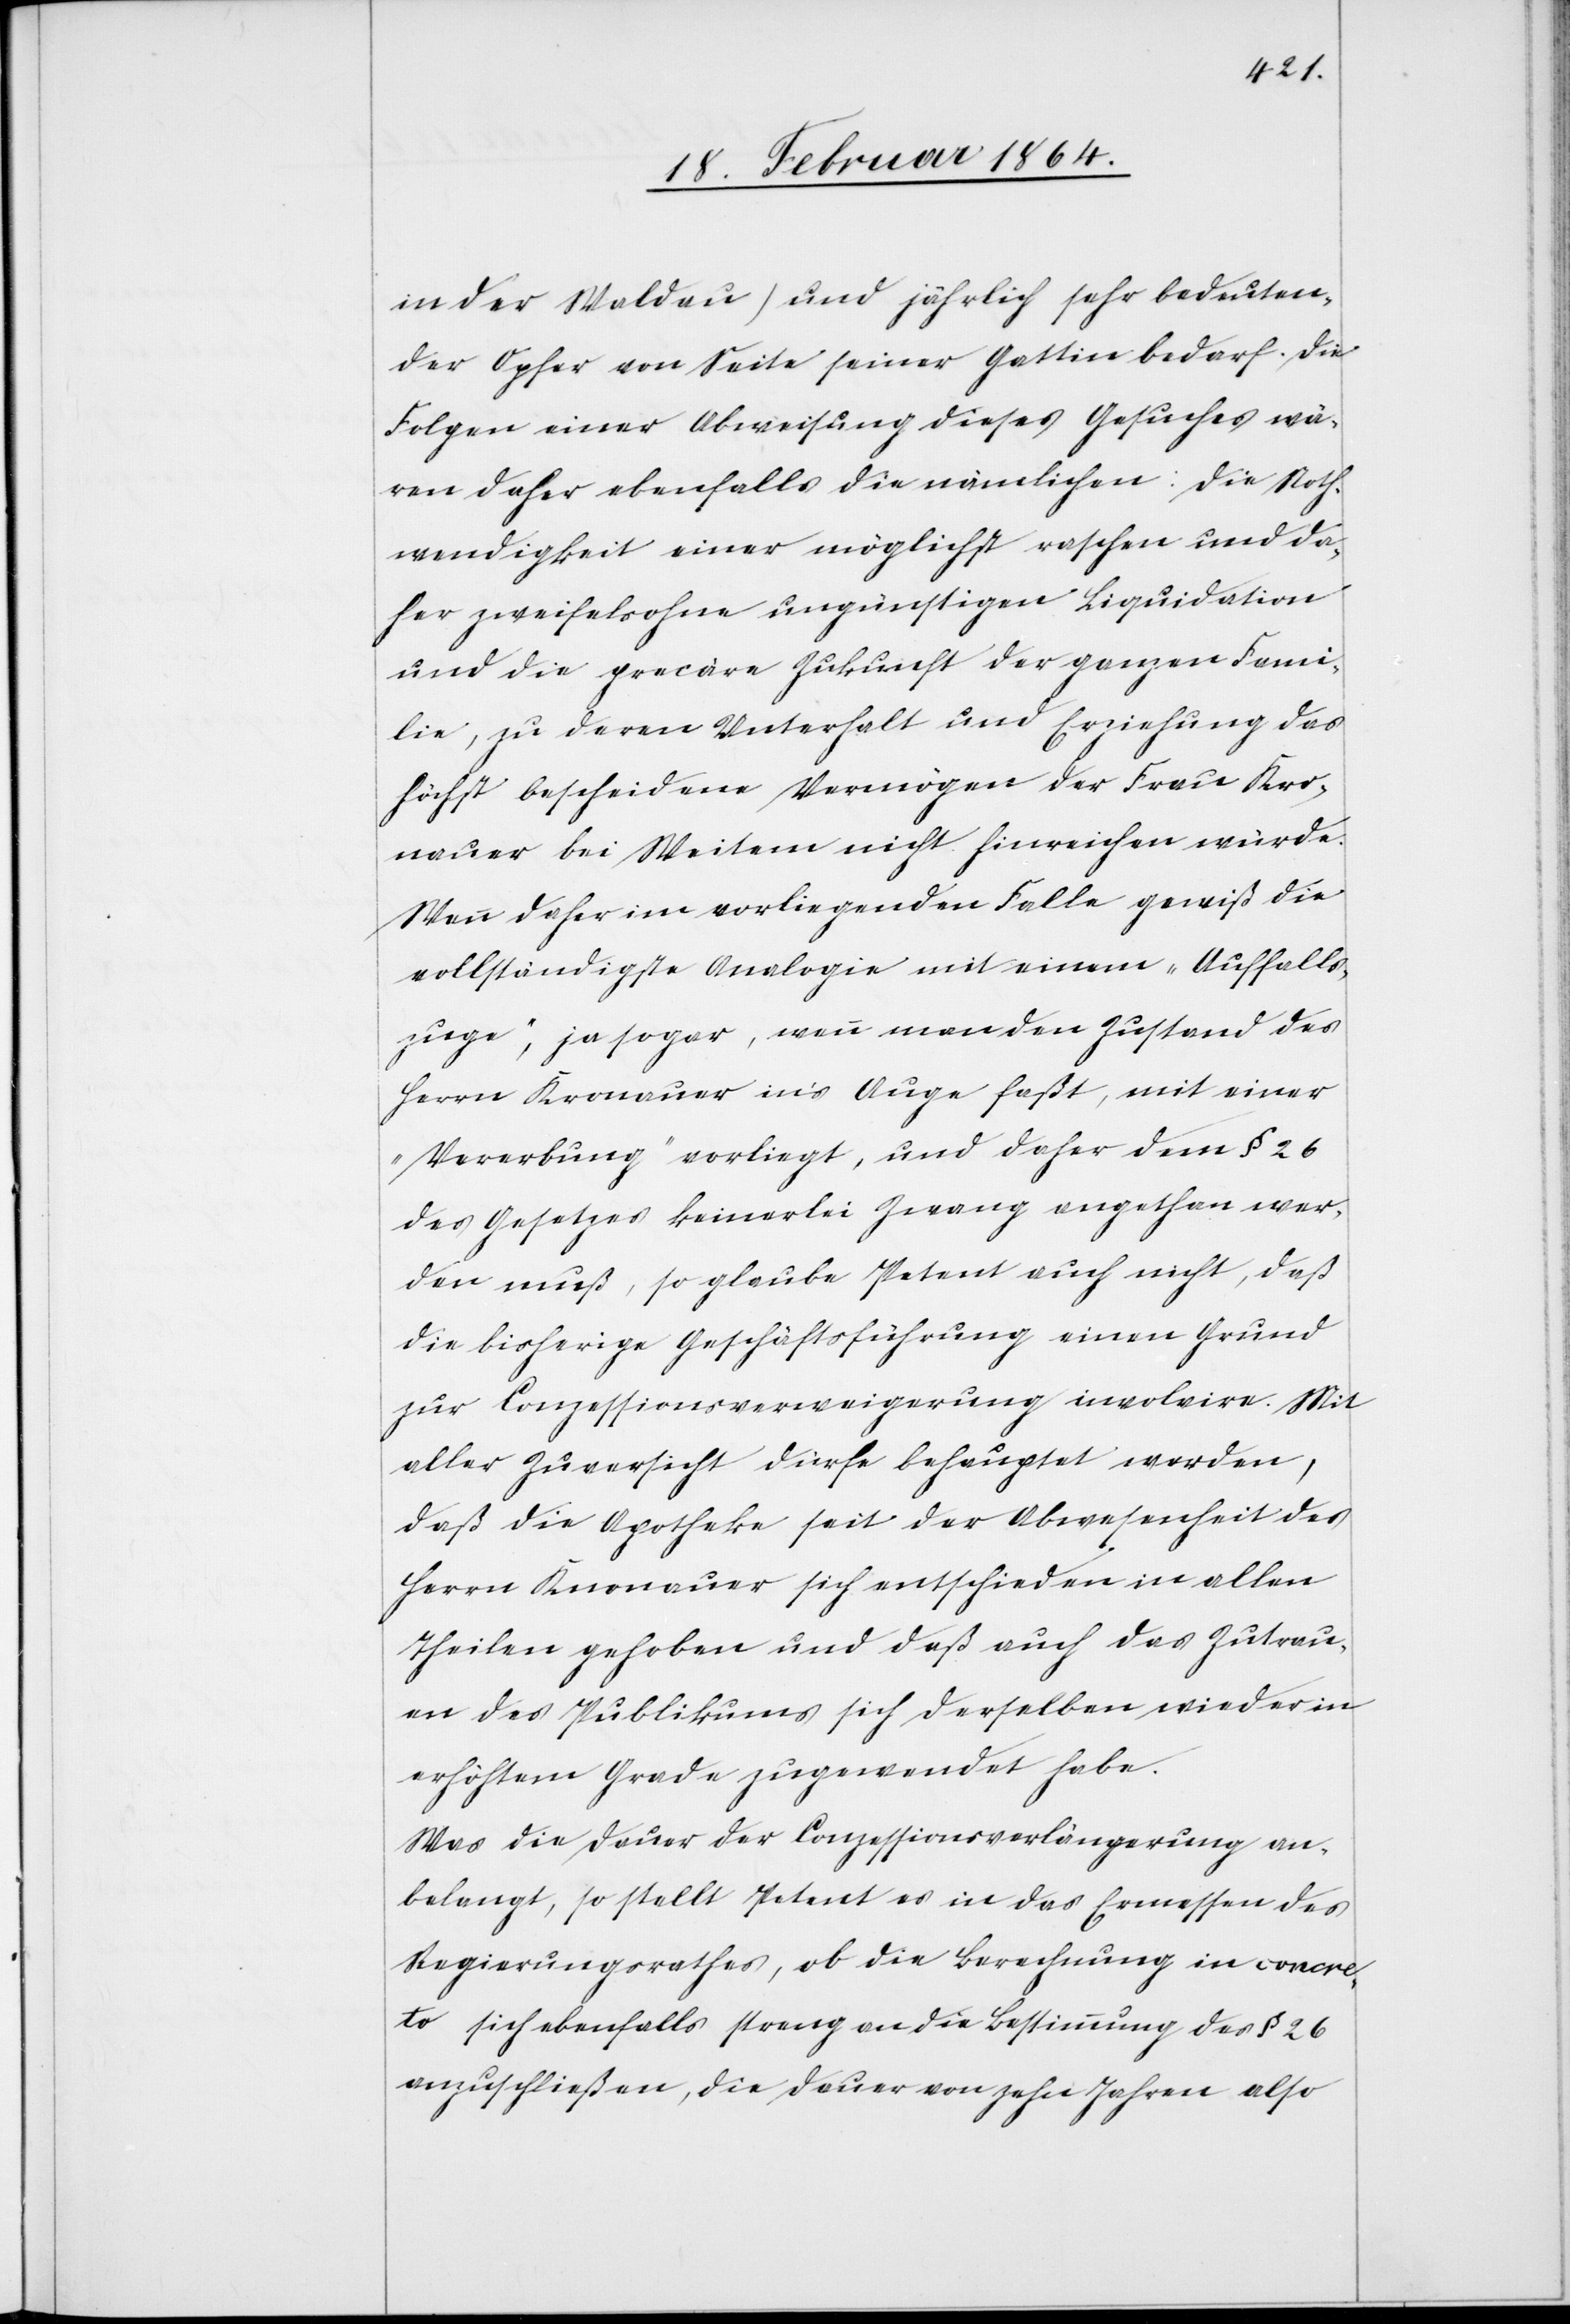
in der Waldau) und jährlich sehr bedeuten¬
der Opfer von Seite seiner Gattin bedarf. Die
Folgen einer Abweisung dieses Gesuches wä¬
ren daher ebenfalls die nämlichen: Die Noth¬
wendigkeit einer möglichst raschen und da¬
her zweifelsohne ungünstigen Liquidation
und die precäre Zukunft der ganzen Fami¬
lie, zu deren Unterhalt und Erziehung das
höchst bescheidene Vermögen der Frau Kro¬
nauer bei Weitem nicht hinreichen würde.
Wenn daher im vorliegenden Falle gewiß die
vollständigste Analogie mit einem „Auffalls¬
zuge“, ja sogar, wenn man den Zustand des
Herrn Kronauer in’s Auge faßt, mit einer
„Vererbung“ vorliegt, und daher dem § 26
des Gesetzes keinerlei Zwang angethan wer¬
den muß, so glaube Petent auch nicht, daß
die bisherige Geschäftsführung einen Grund
zur Conzessionsverweigerung involvire. Mit
aller Zuversicht dürfe behauptet werden,
daß die Apotheke seit der Abwesenheit des
Herrn Knonauer [sic!] sich entschieden in allen
Theilen gehoben und daß auch das Zutrau¬
en des Publikums sich derselben wieder in
erhöhtem Grade zugewendet habe.
Was die Dauer der Conzessionsverlängerung an¬
belangt, so stellt Petent es in das Ermessen des
Regierungsrathes, ob die Berechnung in concre¬
to sich ebenfalls streng an die Bestimmung des § 26
anzuschließen, die Dauer von zehn Jahren also